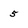
Character: 5